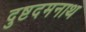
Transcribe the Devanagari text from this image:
दुष्टदमनाथ